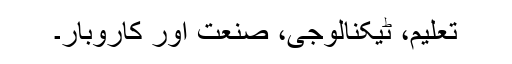
تعلیم، ٹیکنالوجی، صنعت اور کاروبار۔